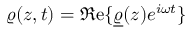
\varrho ( z , t ) = \Re \mathrm { e } \{ \underline { { \varrho } } ( z ) e ^ { i \omega t } \}